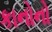
કાનોનો